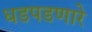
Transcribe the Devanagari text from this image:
धडपडणारे